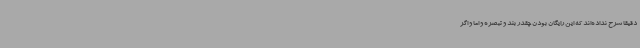
دقیقا شرح نداده‌اند که این رایگان بودن چقدر بند و تبصره و اما و اگر